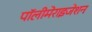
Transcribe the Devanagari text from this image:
पॉलीमेराइजेशन